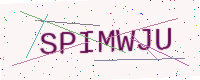
Text: SPIMWJU